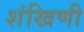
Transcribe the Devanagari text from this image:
शंखिणी